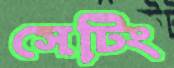
সেটিং